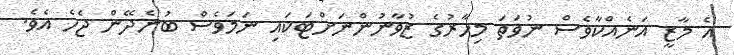
އެ މާޒީ އަނެއްކާވެސް ނުވަތަ މިހާރުގެ ޒުވާނުންނަށްޓަކައި ނަމަވެސް ބުނެދޭން ޖެހެ އެވެ.